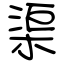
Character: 渠